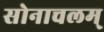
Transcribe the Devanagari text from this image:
सोनाचलम्